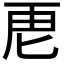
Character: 𮓘